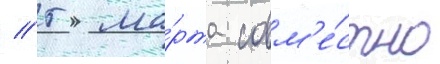
// 5 ма́рта совм'е́стно